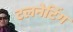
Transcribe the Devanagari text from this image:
टलनेटिंग